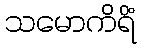
သမောကိရိံ